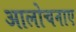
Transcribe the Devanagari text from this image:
आलोचनाए